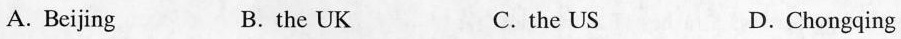
A. Beijing B.the UK C. the US D. Chongqing